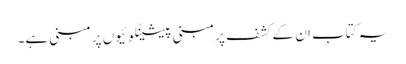
یہ کتاب ان کے کشف پر مبنی پیشینگوئیوں پر مبنی ہے۔